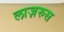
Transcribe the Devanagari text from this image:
लाज़रुस